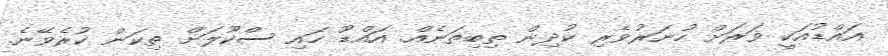
އައްޑުއަކީ ވަރަށް ހުނަރުވެރި ކުދިން ތިބިތަނެއް. އައްޑޫ ހައި ސްކޫލަށް ތިކަން ކުރެވޭނެ.